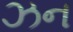
ઝન